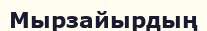
Мырзайырдың